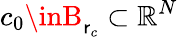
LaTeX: c_{0}\inB_{\mathsf{r}_{c}}\subset\mathbb{{R}}^{N}